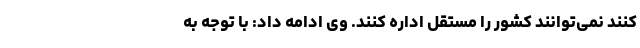
کنند نمی‌توانند کشور را مستقل اداره کنند. وی ادامه داد: با توجه به